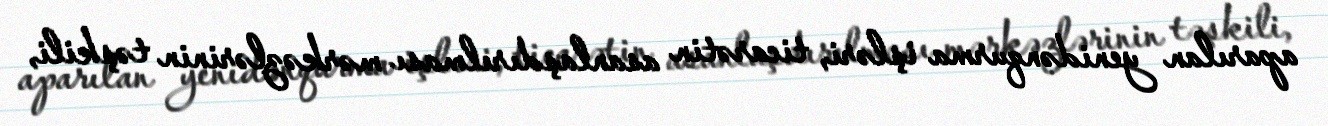
aparılan yenidənqurma işləri, ticarətin asanlaşdırılması mərkəzlərinin təşkili,